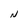
Character: N